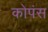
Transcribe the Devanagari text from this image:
कोपंस